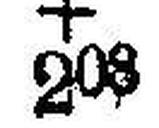
208